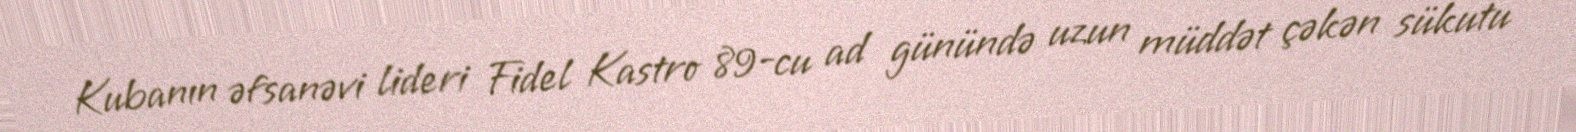
Kubanın əfsanəvi lideri Fidel Kastro 89-cu ad günündə uzun müddət çəkən sükutu